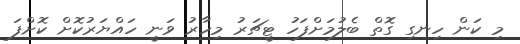
މި ކަން ހިނގި ގޮތް ބެލުމަށްފަހު ޓީޗަރު މިހާރު ވަނީ ހައްޔަރުކޮށް ކޮށްފަ